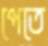
পেতে